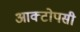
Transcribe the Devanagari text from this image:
आक्टोपसी